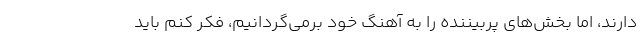
دارند، اما بخش‌های پربیننده را به آهنگ خود برمی‌گردانیم، فکر کنم باید